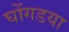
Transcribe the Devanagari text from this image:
घोंगडया